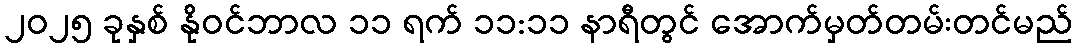
၂၀၂၅ ခုနှစ် နိုဝင်ဘာလ ၁၁ ရက် ၁၁:၁၁ နာရီတွင် အောက်မှတ်တမ်းတင်မည်